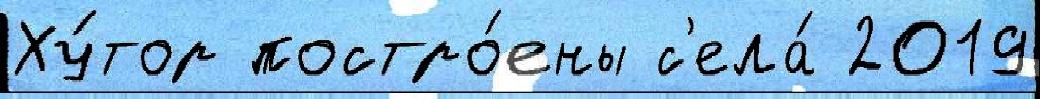
Ху́тор постро́ены с'ела́ 2019